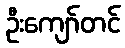
ဦးကျော်တင်